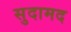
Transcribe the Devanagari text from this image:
सुदामद